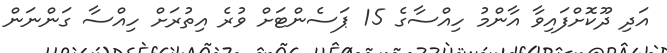
އަދި ދޫކޮށްފައިވާ އާންމު ހިއްސާގެ 15 ޕަސެންޓަށް ވުރެ އިތުރަށް ހިއްސާ ގަންނަން